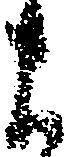
よ